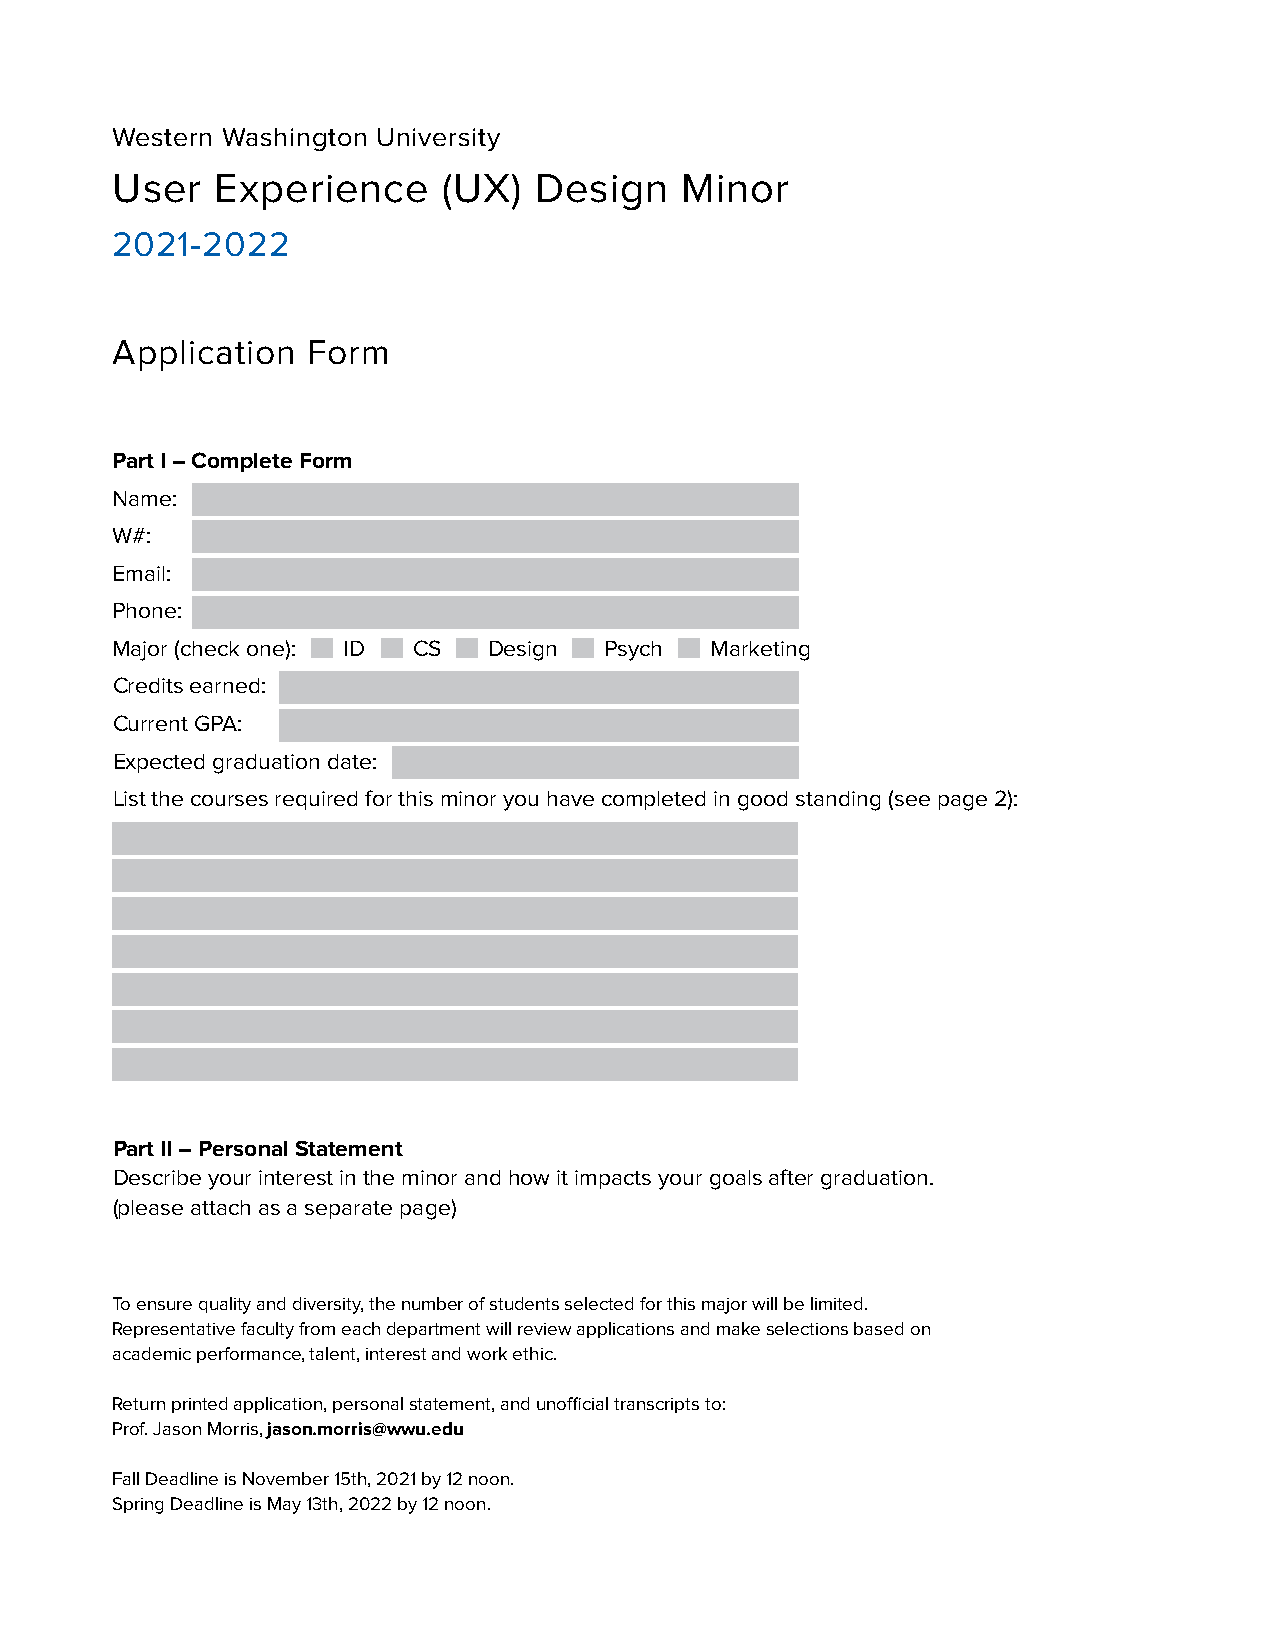
Western Washington University
 User   Experience     (UX)  Design    Minor
 2021-2022
 Application  Form
 Part I – Complete Form
 Name:
 W#:
 Email:
 Phone:
 Major (check one): ID CS Design  Psych  Marketing
 Credits earned:
 Current GPA:
 Expected graduation date:
 List the courses required for this minor you have completed in good standing (see page 2):
 Part II – Personal Statement
 Describe your interest in the minor and how it impacts your goals after graduation.
 (please attach as a separate page)
 To ensure quality and diversity, the number of students selected for this major will be limited.
 Representative faculty from each department will review applications and make selections based on
 academic performance, talent, interest and work ethic.
 Return printed application, personal statement, and unofficial transcripts to:
 Prof. Jason Morris, jason.morris@wwu.edu
 Fall Deadline is November 15th, 2021 by 12 noon.
 Spring Deadline is May 13th, 2022 by 12 noon.